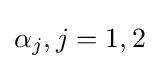
\alpha _{j},j=1,2